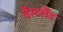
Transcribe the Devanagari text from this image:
वैस्टलैंड